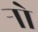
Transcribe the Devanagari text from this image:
र्‍ाो